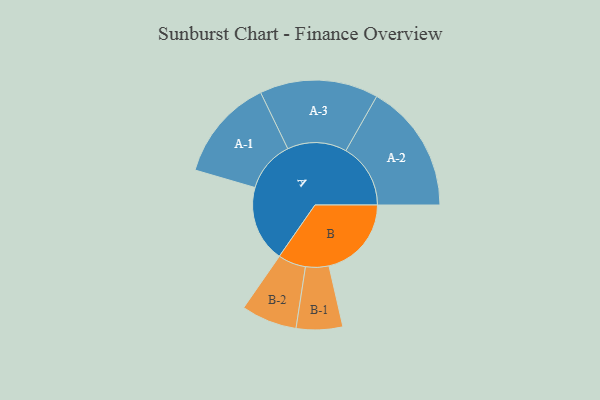
{"axis": {"x": "Segment", "y": "Value"}, "legend": ["", "A", "B"], "data": [{"x": "A", "y": 343, "type": ""}, {"x": "B", "y": 370, "type": ""}, {"x": "A-1", "y": 230, "type": "A"}, {"x": "A-2", "y": 290, "type": "A"}, {"x": "A-3", "y": 266, "type": "A"}, {"x": "B-1", "y": 104, "type": "B"}, {"x": "B-2", "y": 125, "type": "B"}]}